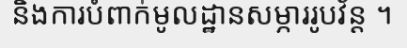
និងការបំពាក់មូលដ្ឋានសម្ភាររូបវ័ន្ត ។